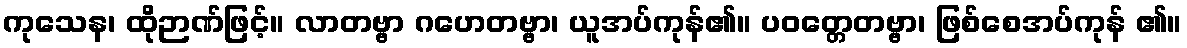
ကုသေန၊ ထိုဉာဏ်ဖြင့်။ လာတဗ္ဗာ ဂဟေတဗ္ဗာ၊ ယူအပ်ကုန်၏။ ပဝတ္တေတဗ္ဗာ၊ ဖြစ်စေအပ်ကုန် ၏။